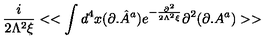
\frac { i } { 2 \Lambda ^ { 2 } \xi } < < \int d ^ { 4 } x ( \partial . { \hat { A } } ^ { a } ) e ^ { - \frac { \partial ^ { 2 } } { 2 \Lambda ^ { 2 } \xi } } \partial ^ { 2 } ( \partial . A ^ { a } ) > >